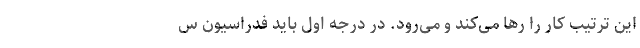
این ترتیب کار را رها می‌کند و می‌رود. در درجه اول باید فدراسیون س